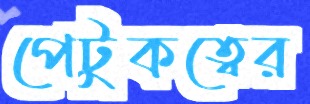
পেটুকত্বের